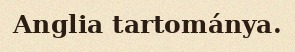
Anglia tartománya.